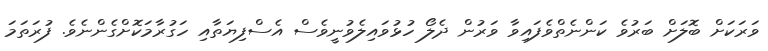
ވަރަކަށް ބޮލަށް ބަރުވެ ކަންނެތްވެފައިވާ ވަރުން ދެލޯ ހުޅުވައިލެވުނީވެސް އެސްފިޔަތާއި ހަގުރާމަކޮށްގެންނެވެ. ފުރަތަމަ